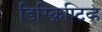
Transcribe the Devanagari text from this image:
डिस्क्रिप्टिव्ह